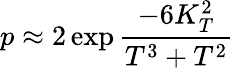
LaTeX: p\approx 2\exp{\frac{-6K_{T}^{2}}{T^{3}+T^{2}}}